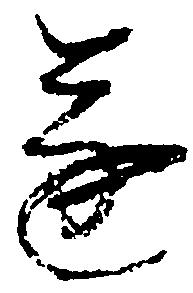
遂